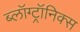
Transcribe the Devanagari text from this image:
ब्लॉग्ट्रॉनिक्स